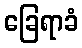
ခြေရာခံ